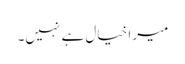
میرا خیال ہے نہیں۔